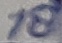
Text: 18